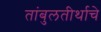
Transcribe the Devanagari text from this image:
तांबुलतीर्थाचे